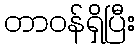
တာဝန်ရှိပြီး